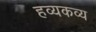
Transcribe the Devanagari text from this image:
हव्यकव्य